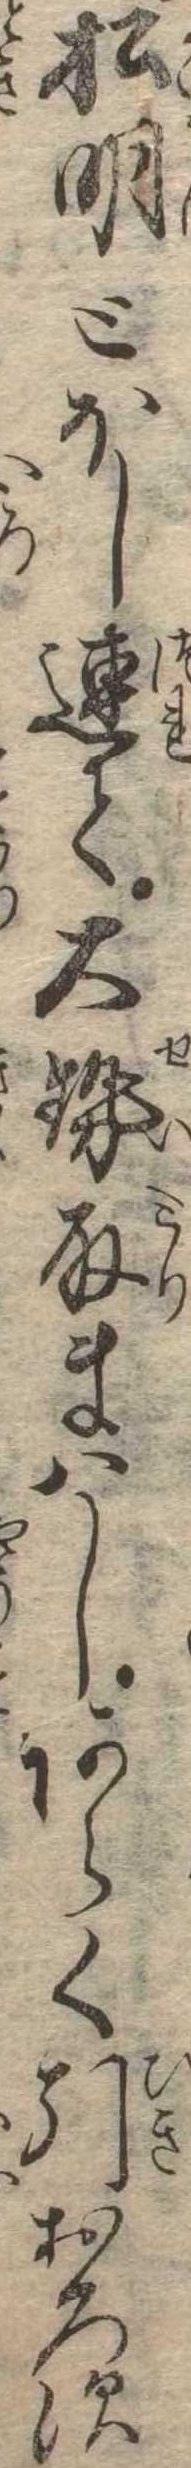
松明とほし連て大勢取まはしあらく引おろす